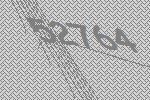
52764